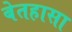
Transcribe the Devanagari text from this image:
बेतहासा